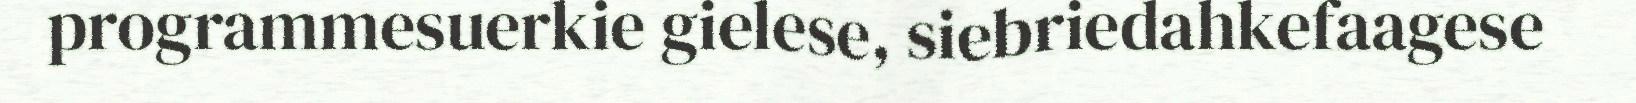
programmesuerkie gielese, siebriedahkefaagese